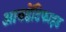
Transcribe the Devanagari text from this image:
आयडेंटिफाइड